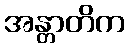
အန္တာတိက